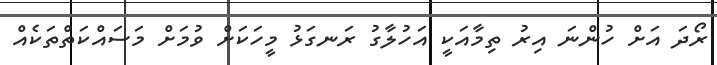
ރޯދަ އަށް ހުންނަ އިރު ތިމާއަކީ އަހުލާގު ރަނގަޅު މީހަކަށް ވުމަށް މަސައްކަތްތަކެއް